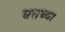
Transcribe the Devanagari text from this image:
घराच्‍या